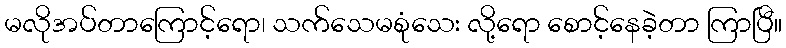
မလိုအပ်တာကြောင့်ရော၊ သက်သေမစုံသေး လို့ရော စောင့်နေခဲ့တာ ကြာပြီ။